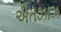
ઐતઝાઝ